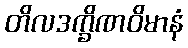
တိလဒက္ခိဏဝိမာနံ